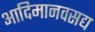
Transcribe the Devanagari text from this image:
आदिमानवसद्य